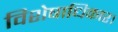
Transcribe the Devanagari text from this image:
विशेषाधिकार।